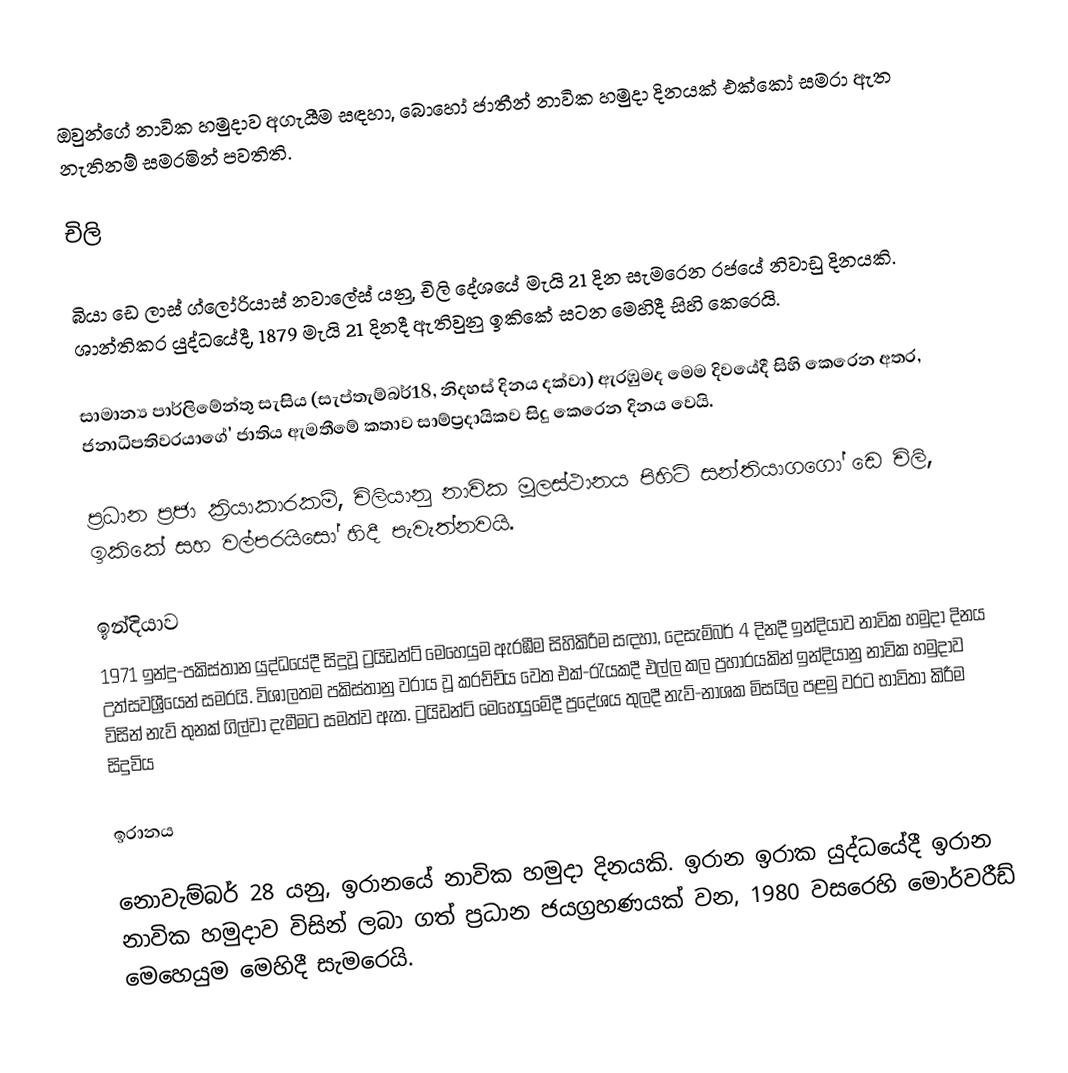
ඔවුන්ගේ නාවික හමුදාව අගැයීම සඳහා, බොහෝ ජාතීන්  නාවික හමුදා දිනයක් එක්කෝ සමරා ඇත නැතිනම් සමරමින් පවතිති.

චිලි

බියා ඩෙ ලාස් ග්ලෝරියාස් නවාලේස් යනු, චිලි දේශයේ මැයි 21 දින සැමරෙන රජයේ නිවාඩු දිනයකි. ශාන්තිකර යුද්ධයේදී, 1879 මැයි 21 දිනදී ඇතිවුනු ඉකිකේ සටන මෙහිදී සිහි කෙරෙයි.

සාමාන්‍ය පාර්ලිමේන්තු සැසිය (සැප්තැම්බර්18, නිදහස් දිනය දක්වා) ඇරඹුමද මෙම දිවයේදී සිහි කෙරෙන අතර, ජනාධිපතිවරයාගේ' ජාතිය ඇමතීමේ කතාව සාම්ප්‍රදායිකව සිදු කෙරෙන දිනය වෙයි.

ප්‍රධාන ප්‍රජා ක්‍රියාකාරකම්, චිලියානු නාවික මූලස්ථානය පිහිටි සන්තියාගගෝ ඩෙ චිලි, ඉකිකේ සහ වල්පරයිසෝ හිදී පැවැත්නවයි.

ඉන්දියාව
1971 ඉන්දු-පකිස්තාන යුද්ධයේදී  සිදුවූ ට්‍රයිඩන්ට් මෙහෙයුම ඇරඹීම සිහිකිරීම සඳහා, දෙසැම්බර් 4 දිනදී ඉන්දියාව නාවික හමුදා දිනය උත්සවශ්‍රීයෙන් සමරයි. විශාලතම පකිස්තානු වරාය වූ  කරච්ච්ය වෙත එක්-රැයකදී එල්ල කල ප්‍රහාරයකින් ඉන්දියානු නාවික හමුදාව  විසින් නැව් තුනක් ගිල්වා දැමීමට සමත්ව ඇත. ට්‍රයිඩන්ට් මෙහෙයුමේදී ප්‍රදේශය තුලදී නැව්-නාශක මිසයිල පළමු වරට භාවිතා කිරීම සිදුවිය

ඉරානය

නොවැම්බර් 28 යනු,  ඉරානයේ නාවික හමුදා දිනයකි. ඉරාන ඉරාක යුද්ධයේදී ඉරාන නාවික හමුදාව විසින් ලබා ගත් ප්‍රධාන ජයග්‍රහණයක් වන, 1980 වසරෙහි මොර්වරීඩ් මෙහෙයුම  මෙහිදී සැමරෙයි.